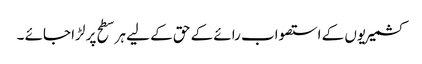
کشمیریوں کے استصواب رائے کے حق کے لیے ہر سطح پر لڑا جائے ۔